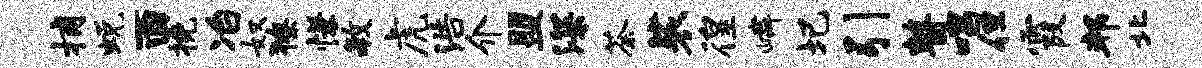
捕蜕酉挽冶奴獠慊毓虎浩介盟深荼裟徨嶙圯引瞽唱但霞邦北